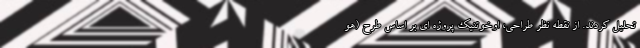
تحلیل کردند. از نقطه نظر طراحی، اوخوتنیک پروژه ای بر اساس طرح (هو